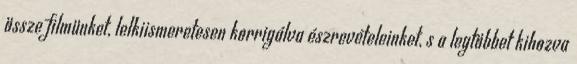
össze filmünket, lelkiismeretesen korrigálva észrevételeinket, s a legtöbbet kihozva